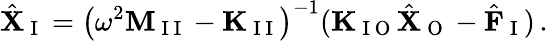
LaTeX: \hat{\mathbf{X}}_{\mathrm{~I~}}=\left(\omega^{2}\mathbf{M}_{\mathrm{~I~I~}}-\mathbf{K}_{\mathrm{~I~I~}}\right)^{-1}(\mathbf{K}_{\mathrm{~I~O~}}\hat{\mathbf{X}}_{\mathrm{~O~}}-\hat{\mathbf{F}}_{\mathrm{~I~}})\, .